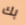
بك